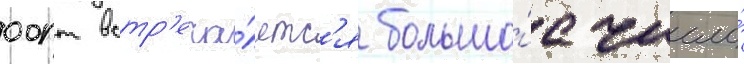
оопт встр'еча́етс'я большо́е число́